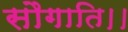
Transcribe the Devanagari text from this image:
सौगाति।।